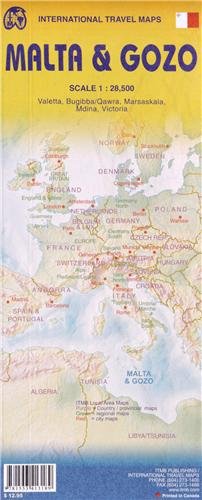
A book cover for Malta & Gozo 1:28 500 Include Inset of Valletta, Bugibba/Qawra, Marsaskala, Mdina & Victoria; International Travel maps; Travel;